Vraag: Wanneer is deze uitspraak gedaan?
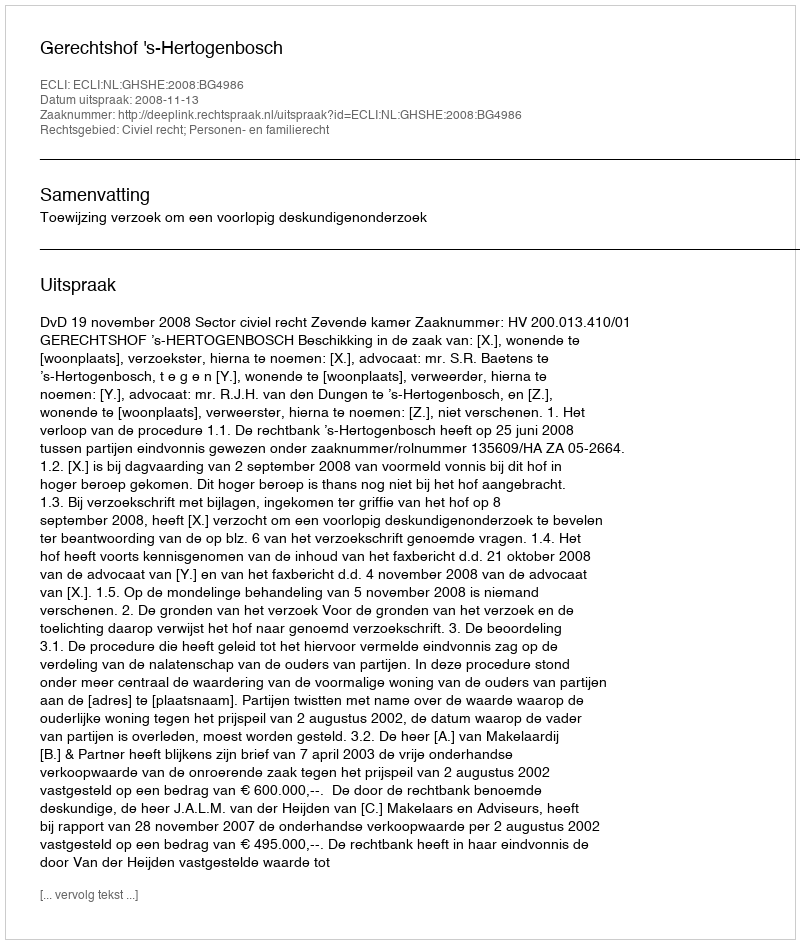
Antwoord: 2008-11-13